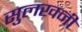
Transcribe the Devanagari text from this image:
सुलखनी